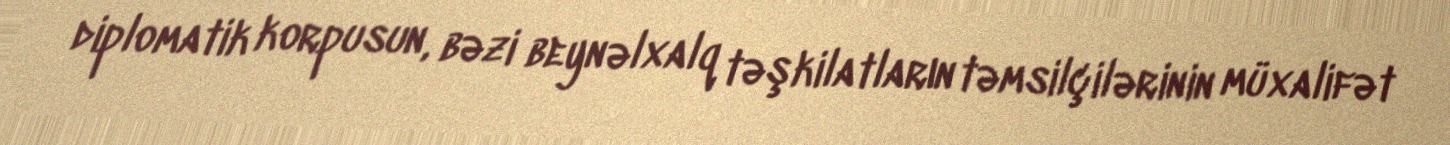
diplomatik korpusun, bəzi beynəlxalq təşkilatların təmsilçilərinin müxalifət